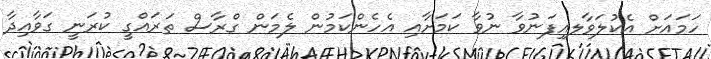
ހަމައަށް އެކުލަވާލއިފަނުވާ ނުވާ ކަމަށާއި އެހެންކަމުން ލެމަން ގްރާސް ތަރައްގީ ކުރަނީ ގަވާއިދާ